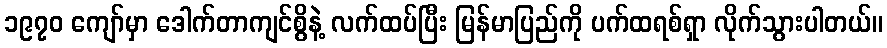
၁၉၇၀ ကျော်မှာ ဒေါက်တာကျင်စွိနဲ့ လက်ထပ်ပြီး မြန်မာပြည်ကို ပက်ထရစ်ရှာ လိုက်သွားပါတယ်။